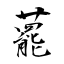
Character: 藣